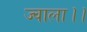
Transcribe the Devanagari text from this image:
ज्वाला।।